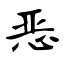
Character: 恶